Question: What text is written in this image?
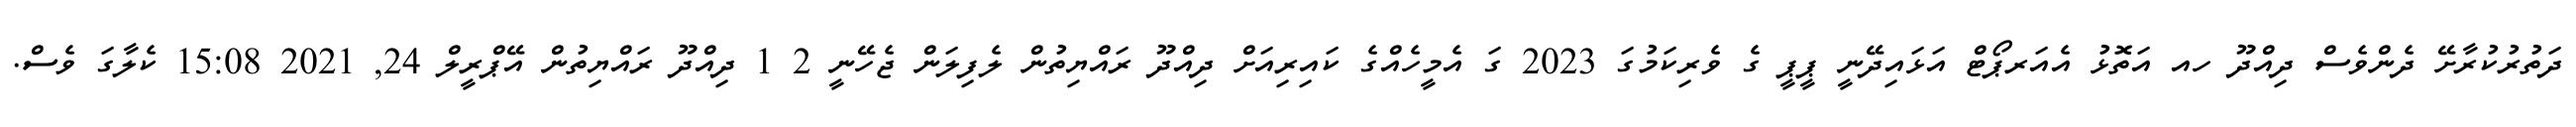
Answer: ދަތުރުކުރާށޭ ދެންވެސް ދިއްދޫ ހއ އަތޮޅު އެއަރޕޯޓް އަޅައިދޭނީ ޕީޕީ ގެ ވެރިކަމުގަ 2023 ގަ އެމީހެއްގެ ކައިރިއަށް ދިއްދޫ ރައްޔިތުން ލެފިލަން ޖެހޭނީ 2 1 ދިއްދޫ ރައްޔިތުން އޭޕްރީލް 24, 2021 15:08 ކެލާގަ ވެސް.